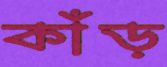
কাঁড়